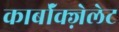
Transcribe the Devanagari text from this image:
कार्बॉक्ज़ेलेट